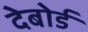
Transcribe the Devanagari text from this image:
देबोर्ड